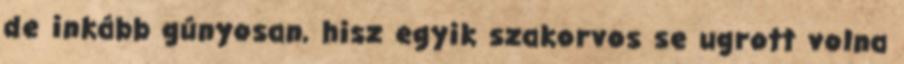
de inkább gúnyosan, hisz egyik szakorvos se ugrott volna